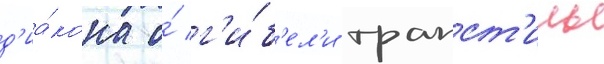
д'иа́кона о́ г'и́б'ел'и трапст'илы